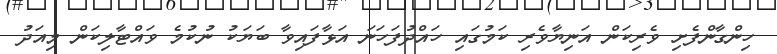
ހިންގާންފެށި ވެރިކަން އަނިޔާވެރި ކަމުގައި ހައްދުފަހަނަ އަޅާފައިވާ ބަޔަކު ނުކުމެ ވައްޓާލިކަން މިއަދު